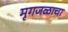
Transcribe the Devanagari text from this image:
मृगजळाचा